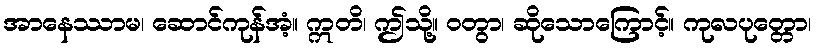
အာနေဿာမ၊ ဆောင်ကုန်အံ့။ ဣတိ၊ ဤသို့။ ဝတွာ၊ ဆိုသောကြောင့်။ ကုလပုတ္တော၊